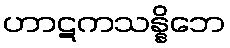
ဟာဋကသန္နိဘေ